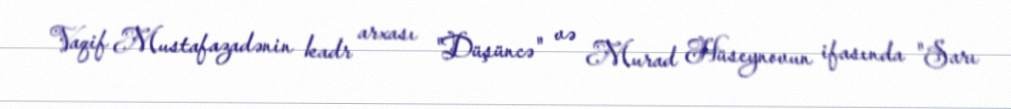
Vaqif Mustafazadənin kadr arxası "Düşüncə" və Murad Hüseynovun ifasında "Sarı